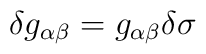
\delta g_{\alpha\beta}=g_{\alpha\beta}\delta\sigma